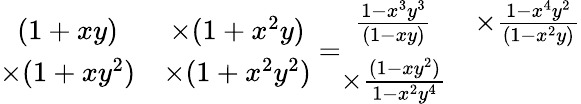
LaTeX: \begin{array}{cc}{(1+xy)}&{\times(1+x^{2}y)}\\ {\times(1+xy^{2})}&{\times(1+x^{2}y^{2})}\end{array}=\begin{array}{cc}{\frac{1-x^{3}y^{3}}{(1-xy)}}&{\times\frac{1-x^{4}y^{2}}{(1-x^{2}y)}}\\ {\times\frac{(1-xy^{2})}{1-x^{2}y^{4}}}&\end{array}